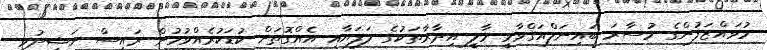
މުވައްޒަފުންގެ މުސާރަ ބައިނަލްއަޤްވާމީ މާލީ އިދާރާތަކުގެ ލަފަޔާއި އެއްގޮތަށް ކުޑަކުރެއްވުމުން ރައީސް ނަޝީދުވީ